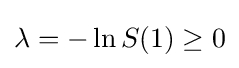
\lambda =-\ln S(1)\geq 0